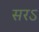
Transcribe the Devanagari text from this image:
सरऽ